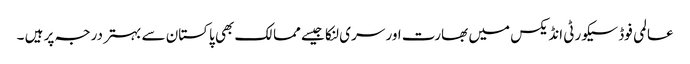
عالمی فوڈ سیکورٹی انڈیکس میں بھارت اور سری لنکا جیسے ممالک بھی پاکستان سے بہتر درجہ پر ہیں ۔